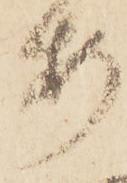
安